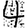
Digit: 4